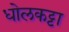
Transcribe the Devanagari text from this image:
धोलकट्टा